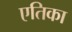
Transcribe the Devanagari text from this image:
एतिका